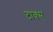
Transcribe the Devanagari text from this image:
टाक्स्